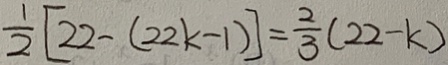
\frac { 1 } { 2 } [ 2 2 - ( 2 2 k - 1 ) ] = \frac { 2 } { 3 } ( 2 2 - k )